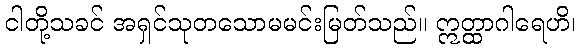
ငါတို့သခင် အရှင်သုတသောမမင်းမြတ်သည်။ ဣတ္ထာဂါရေဟိ၊